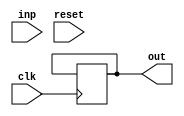
module odd_parity #(
    parameter SIZE = 5,
    parameter E_0_DEF = 5'b10000, E_1 = 5'b00001, O_1 = 5'b00010, E_2 = 5'b00100, O_2 = 5'b01000
) (
    output reg out,
    input inp, reset, clk
);

// ********Internal Variables*********
    reg [SIZE-1:0] state, next_state;


// ************ CODE *****************
    initial begin
        state <= E_0_DEF;
    end

    always @(reset) begin
        state <= E_0_DEF;
    end

    always @(posedge clk) begin
        case (state)
            E_0_DEF: if(inp) begin
                next_state <= O_1;
            end else begin
                next_state <= E_1;
            end

            E_1: if(inp) begin
                next_state <= O_2;                
            end else begin
                next_state <= E_2;                
            end

            O_1: if(inp) begin
                next_state <= E_2;
            end else begin
                next_state <= O_2;                
            end

            E_2: if(inp) begin
                next_state <= E_0_DEF;
                out <= 0;
            end else begin
                next_state <= E_0_DEF;
                out <= 1;
            end
            
            O_2: if(inp) begin
                next_state <= E_0_DEF;
                out <= 1;
            end else begin
                next_state <= E_0_DEF;
                out <= 0;
            end
            
            default: begin
                next_state <= E_0_DEF;
            end
        endcase
    end

    always @(next_state) begin
        state <= next_state;
    end
    
endmodule